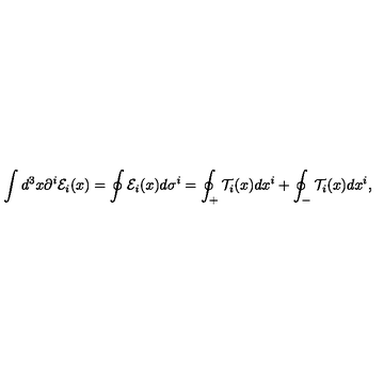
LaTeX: \int d ^ { 3 } x \partial ^ { i } { \cal E } _ { i } ( x ) = \oint { \cal E } _ { i } ( x ) d \sigma ^ { i } = \oint _ { + } { \cal T } _ { i } ( x ) d x ^ { i } + \oint _ { - } { \cal T } _ { i } ( x ) d x ^ { i } ,